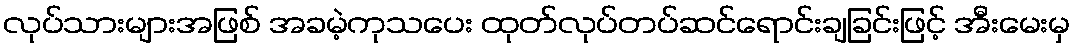
လုပ်သားများအဖြစ် အခမဲ့ကုသပေး ထုတ်လုပ်တပ်ဆင်ရောင်းချခြင်းဖြင့် အီးမေးမှ